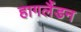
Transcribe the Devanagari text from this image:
हागलैंडन